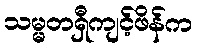
သမ္မတရှီကျင့်ဖိန်က